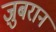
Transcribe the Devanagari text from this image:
ज़ुबरान